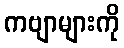
ကဗျာများကို